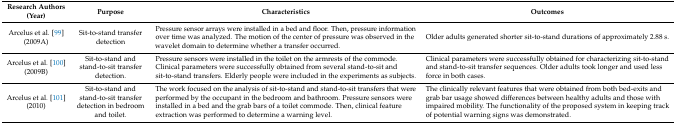
<table><thead><tr><td><b>Research Authors (Year)</b></td><td><b>Purpose</b></td><td><b>Characteristics</b></td><td><b>Outcomes</b></td></tr></thead><tbody><tr><td>Arcelus et al. [99] (2009A)</td><td>Sit-to-stand transfer detection </td><td>Pressure sensor arrays were installed in a bed and floor. Then, pressure information over time was analyzed. The motion of the center of pressure was observed in the wavelet domain to determine whether a transfer occurred.</td><td>Older adults generated shorter sit-to-stand durations of approximately 2.88 s.</td></tr><tr><td>Arcelus et al. [100] (2009B)</td><td>Sit-to-stand and stand-to-sit transfer detection.</td><td>Pressure sensors were installed in the toilet on the armrests of the commode. Clinical parameters were successfully obtained from several stand-to-sit and sit-to-stand transfers. Elderly people were included in the experiments as subjects.</td><td>Clinical parameters were successfully obtained for characterizing sit-to-stand and stand-to-sit transfer sequences. Older adults took longer and used less force in both cases.</td></tr><tr><td>Arcelus et al. [101] (2010)</td><td>Sit-to-stand and stand-to-sit transfer detection in bedroom and toilet.</td><td>The work focused on the analysis of sit-to-stand and stand-to-sit transfers that were performed by the occupant in the bedroom and bathroom. Pressure sensors were installed in a bed and the grab bars of a toilet commode. Then, clinical feature extraction was performed to determine a warning level.</td><td>The clinically relevant features that were obtained from both bed-exits and grab bar usage showed differences between healthy adults and those with impaired mobility. The functionality of the proposed system in keeping track of potential warning signs was demonstrated.</td></tr></tbody></table>